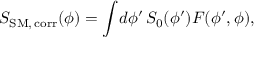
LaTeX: S _ { \mathrm { S M , \, c o r r } } ( \phi ) = \int \! d \phi ^ { \prime } \, S _ { 0 } ( \phi ^ { \prime } ) F ( \phi ^ { \prime } , \phi ) ,